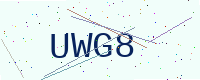
Text: UWG8